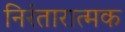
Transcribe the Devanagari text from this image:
निरंतारात्मक